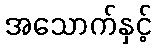
အသောက်နှင့်